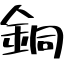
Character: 銅